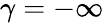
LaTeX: \gamma=-\infty